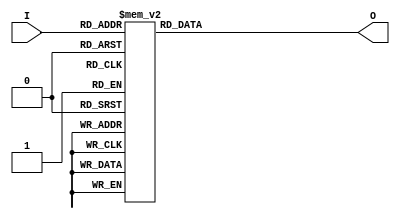
module Decoder3_8(I,O); 
	input [2:0] I;
	output [7:0] O;
	
	reg [7:0] O;
	
	always@(*)
		case (I)
			3'b000 : O<=8'b00000001;
			3'b001 : O<=8'b00000010;
			3'b010 : O<=8'b00000100;   
			3'b011 : O<=8'b00001000;
			3'b100 : O<=8'b00010000;
			3'b101 : O<=8'b00100000;
			3'b110 : O<=8'b01000000; 
			3'b111 : O<=8'b10000000;
		endcase

endmodule